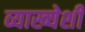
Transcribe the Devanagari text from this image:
व्याख्येशी